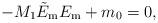
LaTeX: \begin{align*}-M_{1}\tilde{E}_{\mathrm{m} }E_{\mathrm{m} }+m_{0}=0,\end{align*}